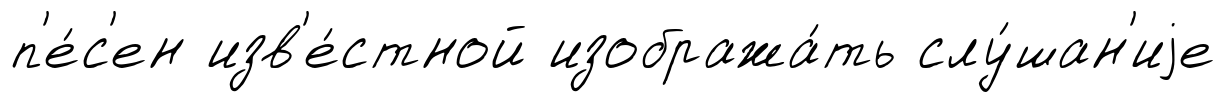
п'е́с'ен изв'е́стной изобража́ть слу́шан'иjе